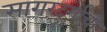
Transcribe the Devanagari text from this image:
सागरदुर्गांची